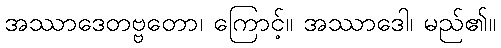
အဿာဒေတဗ္ဗတော၊ ကြောင့်။ အဿာဒေါ၊ မည်၏။